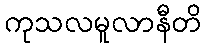
ကုသလမူလာနီတိ